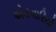
એકવારિયો